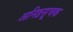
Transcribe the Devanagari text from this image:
अनिष्टसूचक